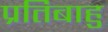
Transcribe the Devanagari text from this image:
प्रतिबाहु